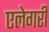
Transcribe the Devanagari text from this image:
एलेगरी